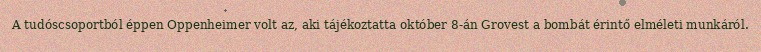
A tudóscsoportból éppen Oppenheimer volt az, aki tájékoztatta október 8-án Grovest a bombát érintő elméleti munkáról.